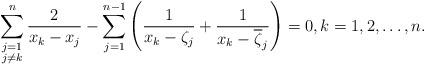
LaTeX: \begin{align*}\sum_{\substack{j=1\\j\neq k}}^n\frac{2}{x_k-x_j}-\sum_{j=1}^{n-1}\left(\frac{1}{x_k-\zeta_j}+\frac{1}{x_k-\overline{\zeta}_j}\right)=0,k=1,2,\dots, n.\end{align*}